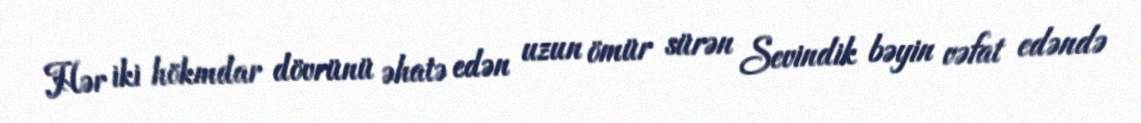
Hər iki hökmdar dövrünü əhatə edən uzun ömür sürən Sevindik bəyin vəfat edəndə